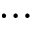
\ldots